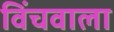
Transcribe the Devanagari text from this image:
विंचवाला